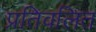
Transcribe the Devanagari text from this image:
प्रतिवलित